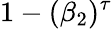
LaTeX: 1-(\beta_{2})^{\tau}